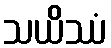
သယိဿံ